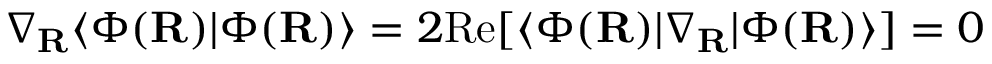
\nabla _ { { \mathbf { R } } } \ensuremath { \langle { \Phi ( { \mathbf { R } } ) } \rvert { \Phi ( { \mathbf { R } } ) } \rangle } = 2 \mathrm { R e } [ \ensuremath { \langle { \Phi ( { \mathbf { R } } ) } \rvert } \nabla _ { { \mathbf { R } } } \ensuremath { \lvert { \Phi ( { \mathbf { R } } ) } \rangle } ] = 0